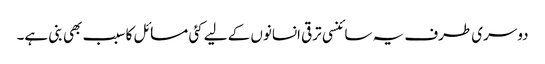
دوسری طرف یہ سائنسی ترقی انسانوں کے لیے کئی مسائل کا سبب بھی بنی ہے۔